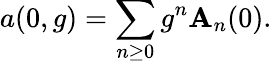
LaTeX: a(0,g)=\sum_{n\geq0}g^{n}\mathbf{A}_{n}(0).